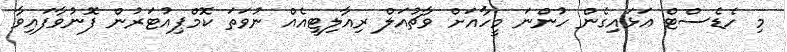
މި ހެޑެސްޓް އަޅައިގެން ހުންނަ މީހާއަށް ވާޗުއަލް ރިއާލިޓީއެއް ނުވަތަ ކޮމްޕިއުޓަރުން ފޮނުވާފައިވާ